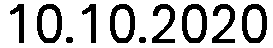
10.10.2020